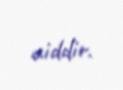
aiddir.